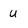
Character: U